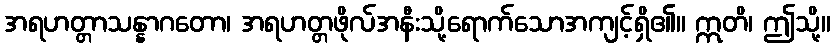
အရဟတ္တာသန္နာဂတော၊ အရဟတ္တဖိုလ်အနီးသို့ရောက်သောအကျင့်ရှိ၏။ ဣတိ၊ ဤသို့။